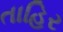
તાહિર